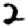
Digit: 2